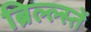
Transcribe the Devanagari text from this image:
ब्रिल्ल्स्तें